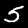
Label: 5